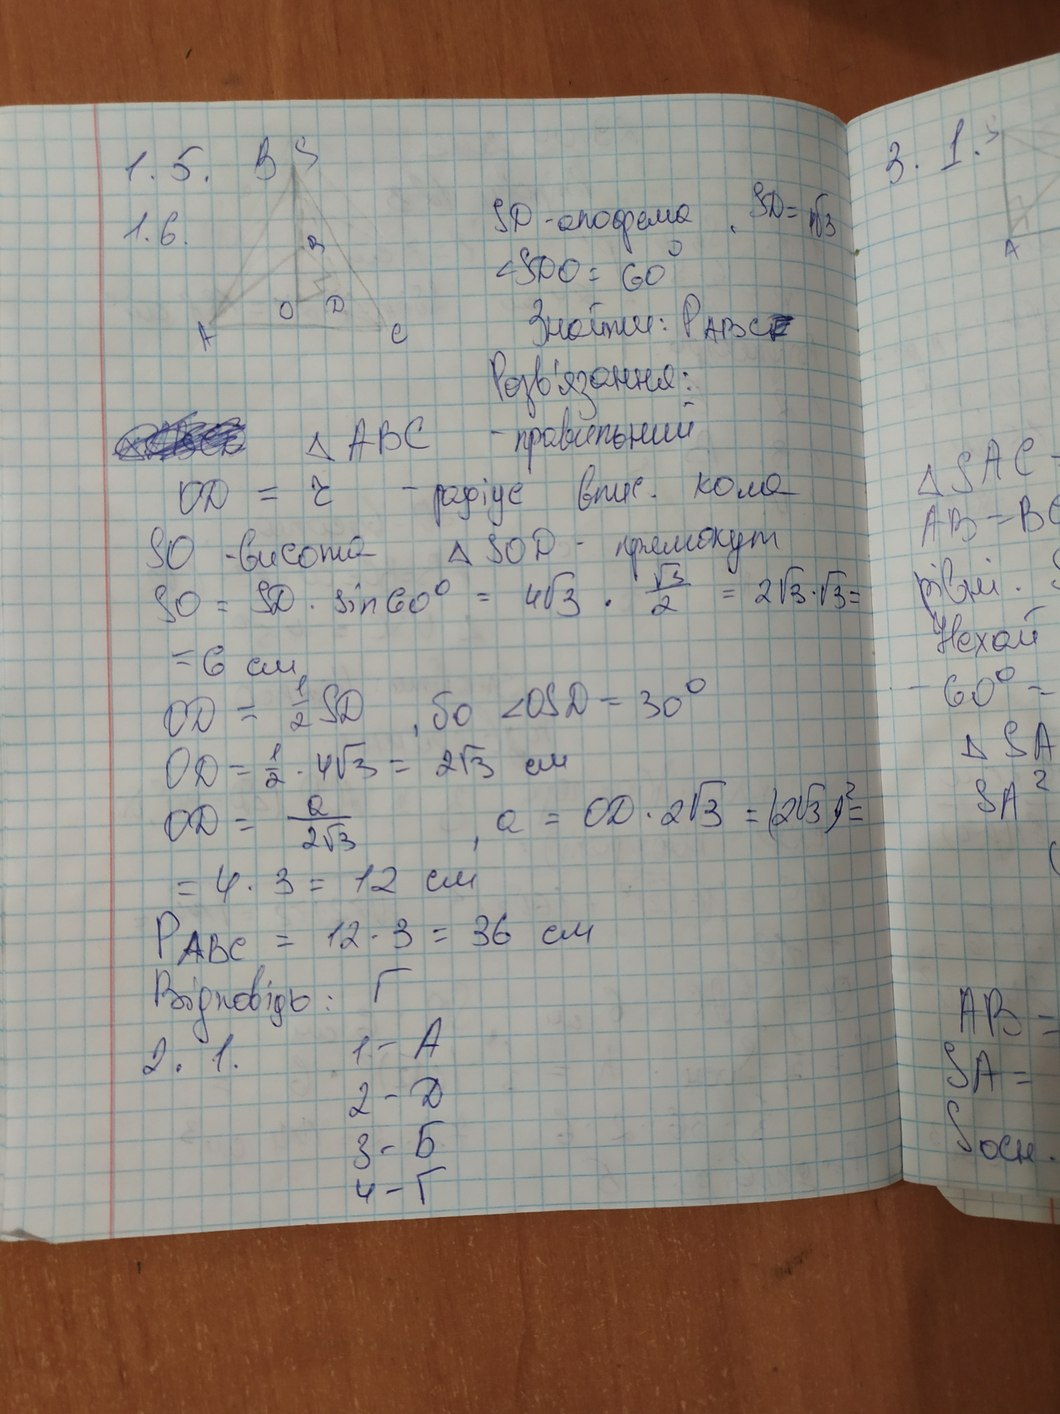
3.1.
1.5.
SД - апофема, SД = \sqrt[4]{3}
1.6.
∠SДО = 60°
Знайти: Р_АВС ~~[illegible]~~
Розв'язання
~~[illegible]~~ ΔАВС - правильний
ΔSAC -
ОД = r - радіус впис. кола
AB = BC
SO - висота ΔSOД- прямокут
рівні
SO = SD \cdot \sin 60° = 4\sqrt{3} \cdot \frac{\sqrt{3}}{2} = 2\sqrt{3} \cdot \sqrt{3} =
Нехай
= 6 см
- 60° =
ОД = 1/2 SД, бо ∠OSД = 30°
ΔSA
OD = \frac{1}{2} \cdot 4\sqrt{3} = 2\sqrt{3} \text{ см}
SA^2
OD = \frac{a}{2\sqrt{3}}, \quad a = OD \cdot 2\sqrt{3} = (2\sqrt{3})^2 =
= 4 ⋅ 3 = 12 см
Р_АВС  = 12 ⋅ 3 = 36 см
Відповідь: Г
AB =
2.1. 1-А
SA =
2-Д
Sосн.
3-Б
4 - Г